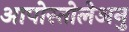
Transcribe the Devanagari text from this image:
आपोस्तोलेअनु